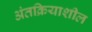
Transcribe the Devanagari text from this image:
अंतक्रियाशील